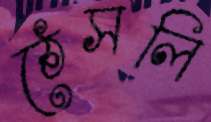
ঠেসলি